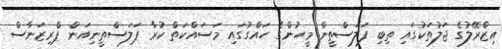
އިޒްރޭލުގެ ޖަލުތަކުގައި ތިބި ފަލަސްތީން މީހުންގެ ހައްގުގައި މަސައްކަތް ކުރާ ޕަލަސްތީނިއަން ޕްރިޒަނާސް